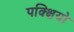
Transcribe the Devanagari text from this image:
पक्क्षियो